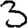
Digit: 3